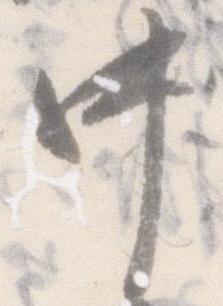
中